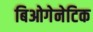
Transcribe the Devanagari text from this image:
बिओगेनेटिक